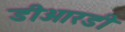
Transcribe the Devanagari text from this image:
डीआरडी